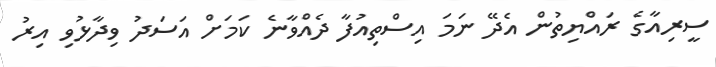
ސީރިއާގެ ރައްޔިތުން އެދޭ ނަމަ އިސްތިއުފާ ދެއްވާނެ ކަމަށް އަސަދު ވިދާޅުވި އިރު